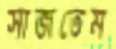
সাজতেম